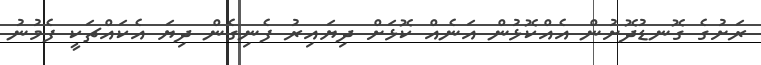
ރަށުގެ ގޮނޑުދޮށުން އެއްކޮޅުން އަނެއް ކޮޅަށް ދިޔައިރު ފެނިގެން ދިޔަ އެކައްޗަކީ ފެމުނު